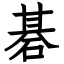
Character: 碁